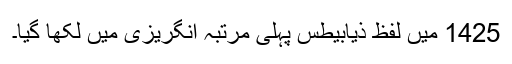
1425 میں‌ لفظ ذیابیطس پہلی مرتبہ انگریزی میں‌ لکھا گیا۔